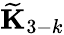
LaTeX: \widetilde{\mathbf K}_{3-k}